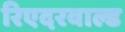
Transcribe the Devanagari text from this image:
रिएदरवाल्ड